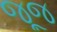
જૂજ